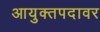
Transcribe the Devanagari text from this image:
आयुक्तपदावर